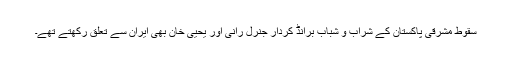
سقوط مشرقی پاکستان کے شراب و شباب برانڈ کردار جنرل رانی اور یحیی خان بھی ایران سے تعلق رکھتے تھے۔